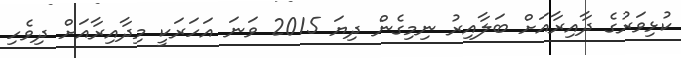
ކުޅިވަރުގެ ދާއިރާއަށް ބަލާއިރު ނިމިގެން ދިޔަ 2015 ވަނަ އަހަރަކީ މިދާއިރާއަށް ދިވެހި